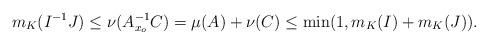
LaTeX: \begin{align*}m_K(I^{-1}J) \leq \nu(A_{x_o}^{-1}C) = \mu(A) + \nu(C) \leq \min(1,m_K(I) + m_K(J)).\end{align*}